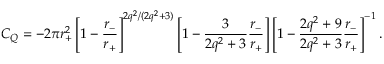
C _ { Q } = - 2 \pi r _ { + } ^ { 2 } \left[ 1 - \frac { r _ { - } } { r _ { + } } \right] ^ { 2 q ^ { 2 } / ( 2 q ^ { 2 } + 3 ) } \left[ 1 - \frac { 3 } { 2 q ^ { 2 } + 3 } \frac { r _ { - } } { r _ { + } } \right] \left[ 1 - \frac { 2 q ^ { 2 } + 9 } { 2 q ^ { 2 } + 3 } \frac { r _ { - } } { r _ { + } } \right] ^ { - 1 } .